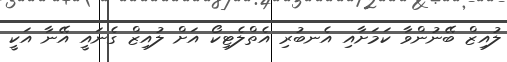
ލުއިޒް ބޭނުންވާ ކަމަށާއި އެނބުރި އެތްލެޓިކޯ އަށް ލުއިޒް ގެނައީ އޭނާ އަކީ